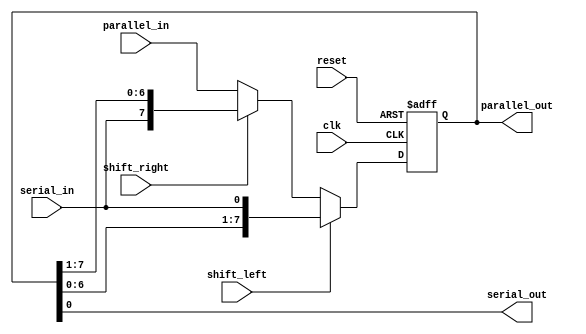
module shift_register(
    input clk,
    input reset,
    input shift_left,
    input shift_right,
    input serial_in,
    input [7:0] parallel_in,
    output reg serial_out,
    output reg [7:0] parallel_out
);

reg [7:0] data;

always @(posedge clk or posedge reset) begin
    if (reset) begin
        data <= 8'b0;
    end else begin
        if (shift_left) begin
            data <= {data[6:0], serial_in};
        end else if (shift_right) begin
            data <= {serial_in, data[7:1]};
        end else begin
            data <= parallel_in;
        end
    end
end

assign parallel_out = data;
assign serial_out = data[7:0];

endmodule